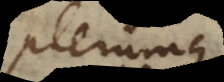
plerumque